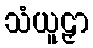
သံယူဠှာ